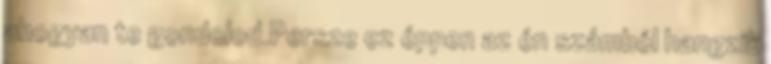
ahogyan te gondolod.Persze ez éppen az én számból hangzik